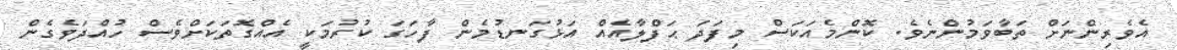
އެވެރިންނަށް ތަބާވަމުންނެވެ. ކޮންމެއަކަސް މިފަދަ ޙަފްލާއެއް އަޅުގަނޑުމެން ފާހަގަ ކުރުމަކީ އެއްގޮތަކަށްވެސް ހުއްދަވެގެން